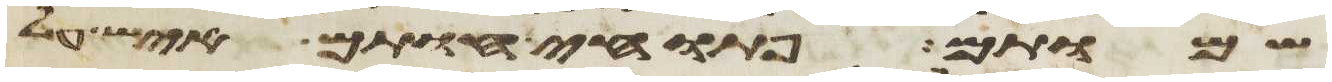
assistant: שמותם פתוחי חותם איש על